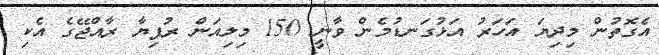
އެގޮތުން މިދިޔަ އަހަރު އަޅުގަނޑުމެން ވާނީ 150 މިލިއަން ރުފިޔާ ރާއްޖޭގެ އެކި